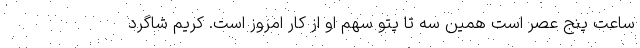
ساعت پنج عصر است همین سه تا پتو سهم او از کار امروز است. کریم شاگرد